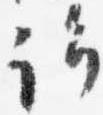
許